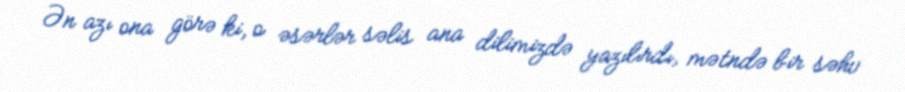
Ən azı ona görə ki, o əsərlər səlis ana dilimizdə yazılırdı, mətndə bir səhv